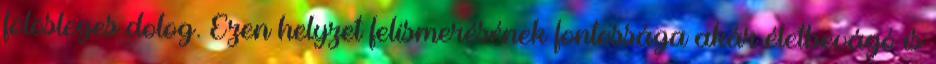
fölösleges dolog. Ezen helyzet felismerésének fontossága akár életbevágó is